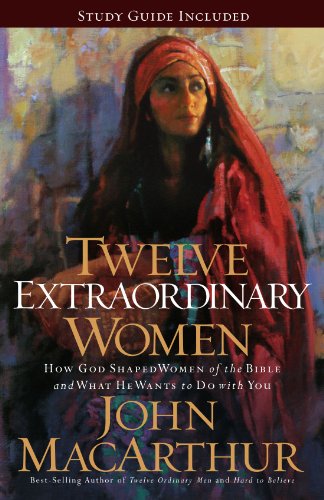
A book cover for Twelve Extraordinary Women: How God Shaped Women of the Bible, and What He Wants to Do with You; John F. MacArthur; Biographies & Memoirs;